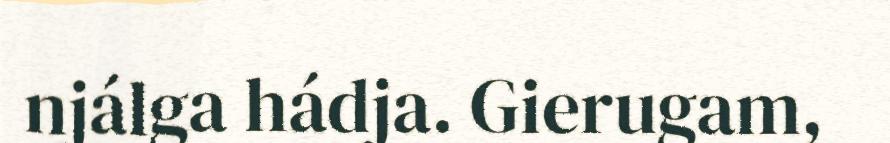
njálga hádja. Gierugam,